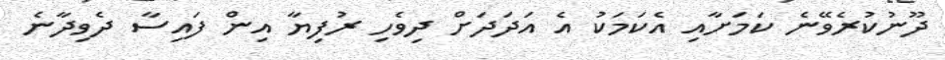
ދޫނުކުރެވޭނެ ކަމަށާއި އެކަމަކު އެ އަދަދަށް ދިވެހި ރުފިޔާ އިން ފައިސާ ދެވިދާނެ